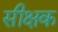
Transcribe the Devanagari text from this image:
सीक्षक